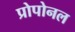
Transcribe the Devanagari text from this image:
प्रोपोनल